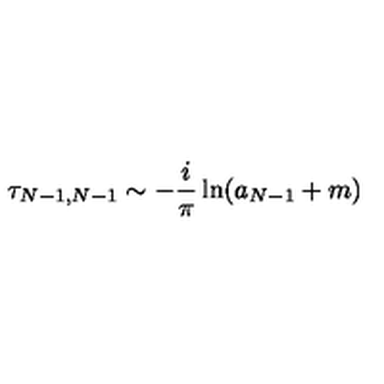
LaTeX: \tau _ { N - 1 , N - 1 } \sim - { \frac { i } { \pi } } \ln ( a _ { N - 1 } + m )